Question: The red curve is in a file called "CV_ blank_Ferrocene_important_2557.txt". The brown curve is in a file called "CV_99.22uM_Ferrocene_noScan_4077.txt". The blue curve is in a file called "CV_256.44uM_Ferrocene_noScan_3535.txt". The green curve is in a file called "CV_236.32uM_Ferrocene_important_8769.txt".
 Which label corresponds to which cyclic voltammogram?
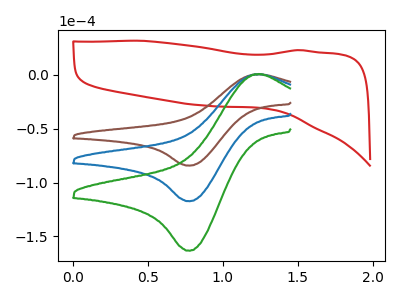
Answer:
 <answer>The red curve is labeled "Ferrocene  blank". The brown curve is labeled "Ferrocene 99.22uM". The blue curve is labeled "Ferrocene 256.44uM". The green curve is labeled "Ferrocene 236.32uM".</answer>
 <eval></eval>